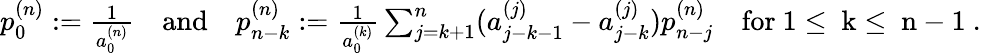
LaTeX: \begin{array}{r}{p_{0}^{(n)}:=\frac{1}{a_{0}^{(n)}}\quad\mathrm{and}\quad p_{n-k}^{(n)}:=\frac{1}{a_{0}^{(k)}}\sum_{j=k+1}^{n}(a_{j-k-1}^{(j)}-a_{j-k}^{(j)})p_{n-j}^{(n)}\quad\mathrm{for~1\le~k\le~n-1~}.}\end{array}